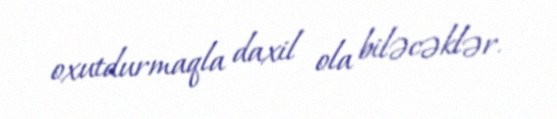
oxutdurmaqla daxil ola biləcəklər.